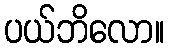
ပယ်ဘိလော။